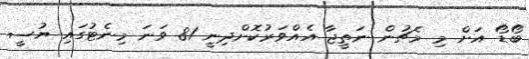
ބޯޑޯ އަށް މި މެޗުން ނަތީޖާ އެއްވަރުކޮށްދިނީ 81 ވަަނަ މިނެޓުގައި ޔުސީ